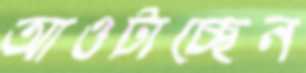
আওটাচ্ছেন